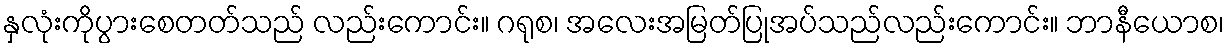
နှလုံးကိုပွားစေတတ်သည် လည်းကောင်း။ ဂရုစ၊ အလေးအမြတ်ပြုအပ်သည်လည်းကောင်း။ ဘာနီယောစ၊